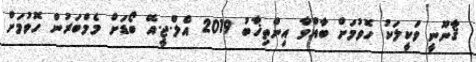
ޤާނޫނީ ވަކީލަކު ހޮވުމަށް ބާއްވާ އިންތިޚާބު 2019 އެލް.ޖީ.އޭ ބޯޑަށް މެމްބަރުން ހޮވުމަށް